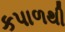
કપાળથી